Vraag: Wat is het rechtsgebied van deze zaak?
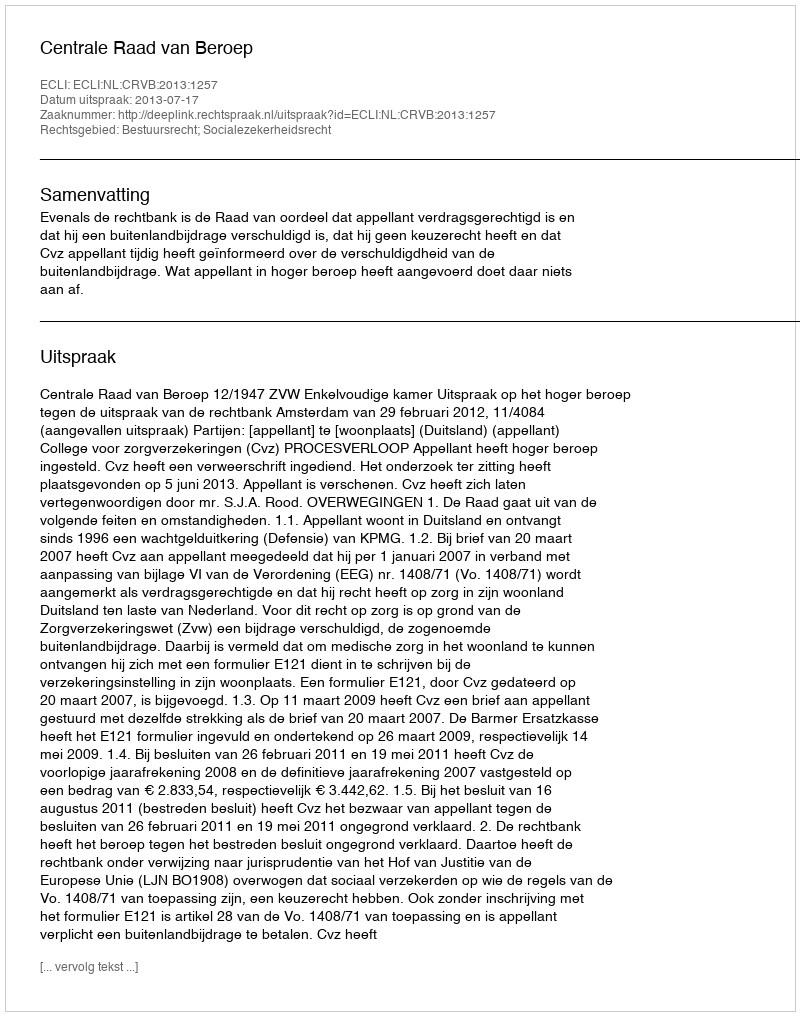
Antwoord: Bestuursrecht; Socialezekerheidsrecht